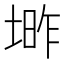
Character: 𱗑